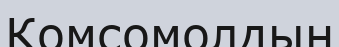
Комсомолдың